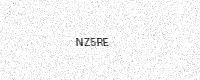
Text: NZ5RE